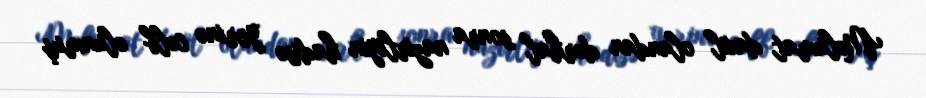
Məlumat daxil olandan dərhal sonra nazirliyin hadisə yerinə cəlb olunmuş